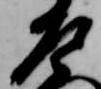
左